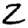
Digit: 2